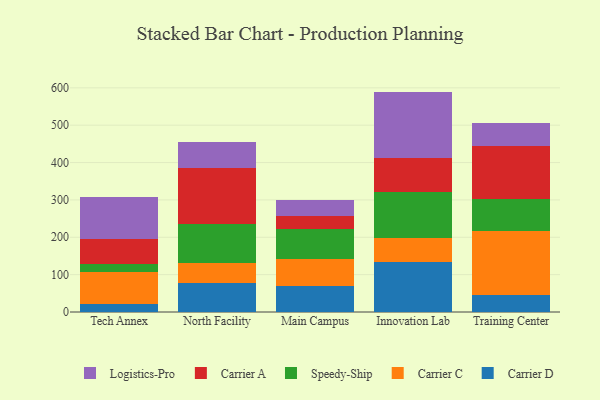
{"axis": {"x": "Campus", "y": "Tickets Resolved"}, "legend": ["Carrier A", "Carrier C", "Carrier D", "Logistics-Pro", "Speedy-Ship"], "data": [{"x": "Tech Annex", "y": 21.2, "type": "Carrier D"}, {"x": "Tech Annex", "y": 87.2, "type": "Carrier C"}, {"x": "Tech Annex", "y": 20.9, "type": "Speedy-Ship"}, {"x": "Tech Annex", "y": 65.1, "type": "Carrier A"}, {"x": "Tech Annex", "y": 114.1, "type": "Logistics-Pro"}, {"x": "North Facility", "y": 77.9, "type": "Carrier D"}, {"x": "North Facility", "y": 54.0, "type": "Carrier C"}, {"x": "North Facility", "y": 103.9, "type": "Speedy-Ship"}, {"x": "North Facility", "y": 149.6, "type": "Carrier A"}, {"x": "North Facility", "y": 68.4, "type": "Logistics-Pro"}, {"x": "Main Campus", "y": 68.7, "type": "Carrier D"}, {"x": "Main Campus", "y": 73.8, "type": "Carrier C"}, {"x": "Main Campus", "y": 78.8, "type": "Speedy-Ship"}, {"x": "Main Campus", "y": 36.9, "type": "Carrier A"}, {"x": "Main Campus", "y": 41.9, "type": "Logistics-Pro"}, {"x": "Innovation Lab", "y": 135.1, "type": "Carrier D"}, {"x": "Innovation Lab", "y": 62.2, "type": "Carrier C"}, {"x": "Innovation Lab", "y": 124.4, "type": "Speedy-Ship"}, {"x": "Innovation Lab", "y": 90.9, "type": "Carrier A"}, {"x": "Innovation Lab", "y": 177.3, "type": "Logistics-Pro"}, {"x": "Training Center", "y": 46.7, "type": "Carrier D"}, {"x": "Training Center", "y": 171.3, "type": "Carrier C"}, {"x": "Training Center", "y": 83.7, "type": "Speedy-Ship"}, {"x": "Training Center", "y": 143.4, "type": "Carrier A"}, {"x": "Training Center", "y": 60.4, "type": "Logistics-Pro"}]}